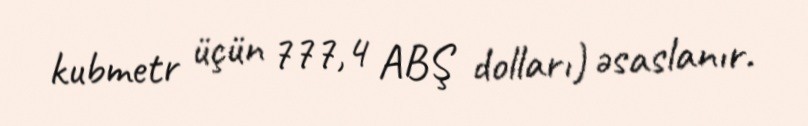
kubmetr üçün 777,4 ABŞ dolları) əsaslanır.